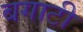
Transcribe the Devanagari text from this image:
बगाटी